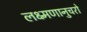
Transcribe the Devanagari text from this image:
लक्ष्मणानुचरो